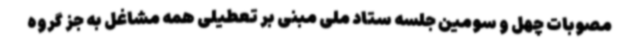
مصوبات چهل و سومین جلسه ستاد ملی مبنی بر تعطیلی همه مشاغل به‌ جز گروه